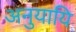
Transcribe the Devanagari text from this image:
अनुयायि